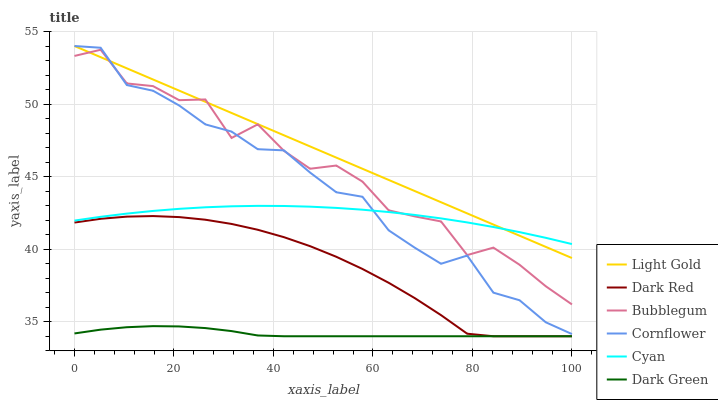
| xaxis_label | Light Gold | Dark Red | Bubblegum | Cornflower | Cyan | Dark Green |
 | --- | --- | --- | --- | --- | --- | --- |
 | 0 | 54 | 41.8 | 53.3 | 54 | 42 | 34.2 |
 | 5.26 | 53.2 | 42.1 | 53.7 | 53.9 | 42.2 | 34.5 |
 | 10.5 | 52.5 | 42.2 | 51.4 | 51.3 | 42.5 | 34.6 |
 | 15.8 | 51.7 | 42.3 | 51.2 | 50.9 | 42.6 | 34.7 |
 | 21.1 | 50.9 | 42.2 | 50.3 | 49.9 | 42.8 | 34.7 |
 | 26.3 | 50.2 | 42 | 50.3 | 48.6 | 42.9 | 34.6 |
 | 31.6 | 49.4 | 41.7 | 47.7 | 48.1 | 43 | 34.4 |
 | 36.8 | 48.6 | 41.3 | 48.6 | 46.9 | 43 | 34.1 |
 | 42.1 | 47.8 | 40.8 | 46.8 | 46.8 | 43 | 34 |
 | 47.4 | 47.1 | 40.2 | 45.5 | 45.3 | 42.9 | 34 |
 | 52.6 | 46.3 | 39.5 | 45.8 | 43.9 | 42.8 | 34 |
 | 57.9 | 45.5 | 38.6 | 44.7 | 43.6 | 42.7 | 34 |
 | 63.2 | 44.8 | 37.7 | 42.7 | 41.3 | 42.6 | 34 |
 | 68.4 | 44 | 36.6 | 42.3 | 40.1 | 42.4 | 34 |
 | 73.7 | 43.2 | 35.5 | 41.9 | 39 | 42.1 | 34 |
 | 78.9 | 42.5 | 34.2 | 39.6 | 39.6 | 41.8 | 34 |
 | 84.2 | 41.7 | 34 | 40.1 | 37 | 41.5 | 34 |
 | 89.5 | 40.9 | 34 | 38.9 | 36.5 | 41.2 | 34 |
 | 94.7 | 40.2 | 34 | 37.4 | 35 | 40.8 | 34 |
 | 100 | 39.4 | 34 | 36.2 | 34.2 | 40.4 | 34 |